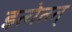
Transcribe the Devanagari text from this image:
इत्येतत्